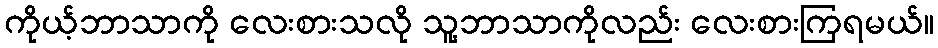
ကိုယ့်ဘာသာကို လေးစားသလို သူ့ဘာသာကိုလည်း လေးစားကြရမယ်။